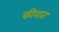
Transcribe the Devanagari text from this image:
कीरात